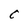
Character: C